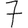
Digit: 7